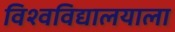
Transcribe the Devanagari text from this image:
विश्वविद्यालयाला